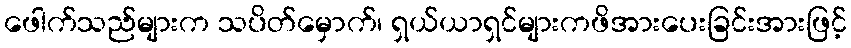
ဖေါက်သည်များက သပိတ်မှောက်၊ ရှယ်ယာရှင်များကဖိအားပေးခြင်းအားဖြင့်